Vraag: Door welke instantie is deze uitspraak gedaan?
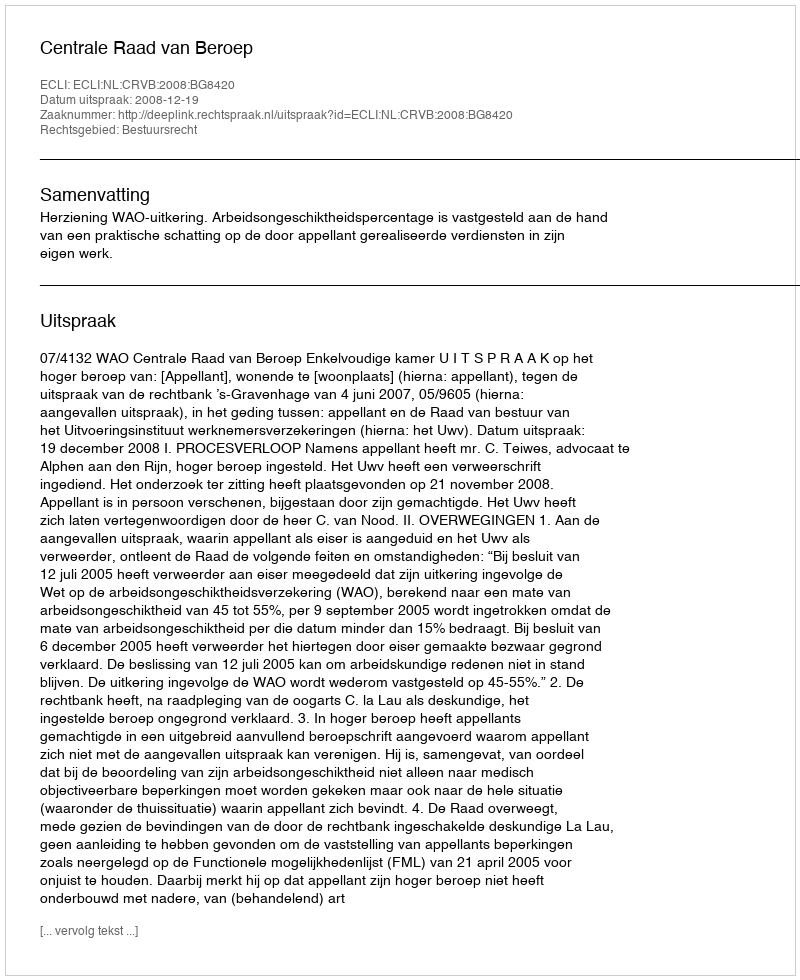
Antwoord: Centrale Raad van Beroep